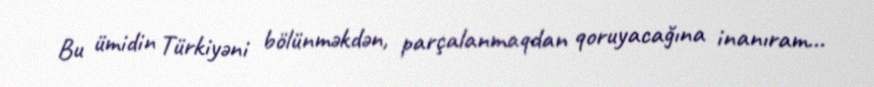
Bu ümidin Türkiyəni bölünməkdən, parçalanmaqdan qoruyacağına inanıram...